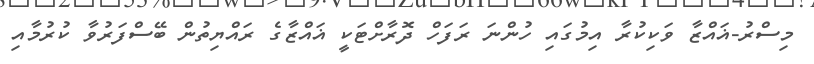
މިސްރު-ޣައްޒާ ވަކިކުރާ އިމުގައި ހުންނަ ރަފަހް ދޮރާށްޓަކީ ޣައްޒާގެ ރައްޔިތުން ބޭސްފަރުވާ ކުރުމާއި